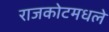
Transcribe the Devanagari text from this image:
राजकोटमधले